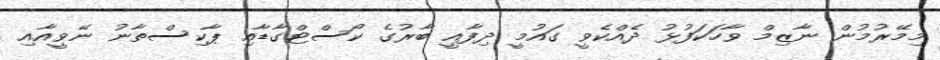
މިމޭރުމުން ނާޒިމް ވާހަކަފުޅު ދެއްކެވީ ގައުމީ ދިފާއީ ބާރުގެ ކޯސްޓްގާޑާއި ޕާކިސްތާނު ނޭވީއާއި